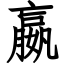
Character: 嬴